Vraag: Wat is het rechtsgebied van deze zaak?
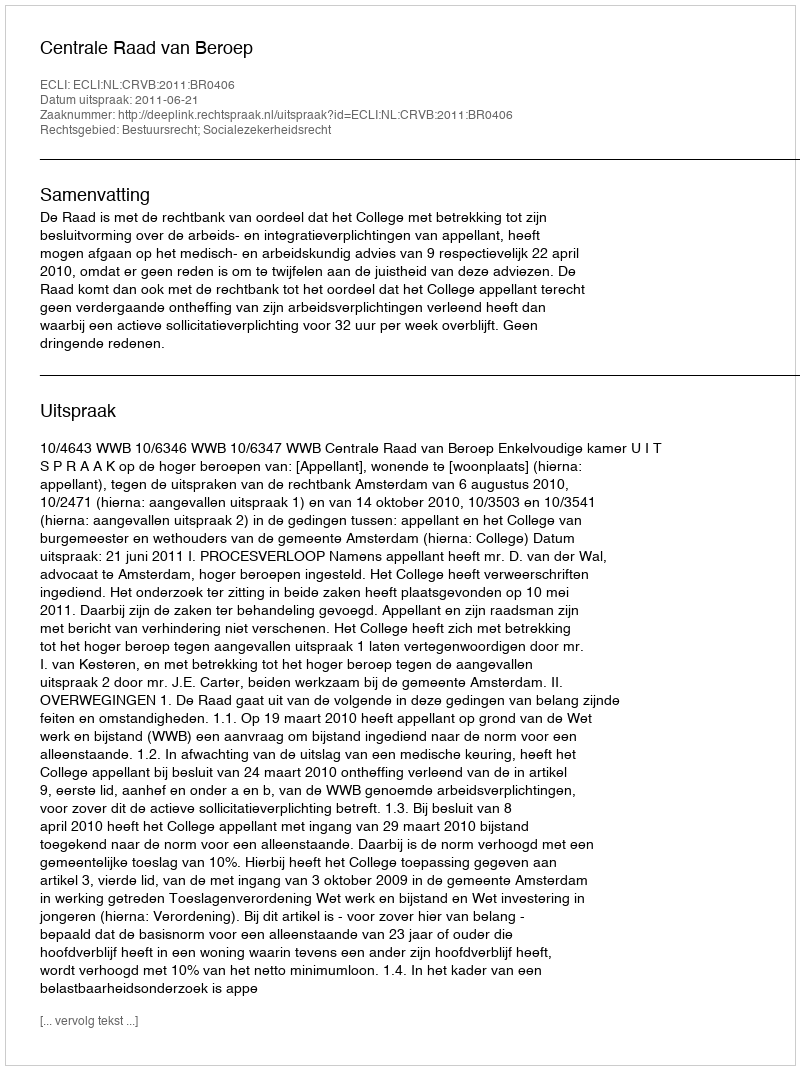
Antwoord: Bestuursrecht; Socialezekerheidsrecht